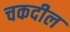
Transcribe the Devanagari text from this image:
चकदील